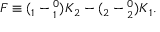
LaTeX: F \equiv ( \l _ { 1 } - \l _ { 1 } ^ { 0 } ) K \l _ { 2 } - ( \l _ { 2 } - \l _ { 2 } ^ { 0 } ) K \l _ { 1 } .